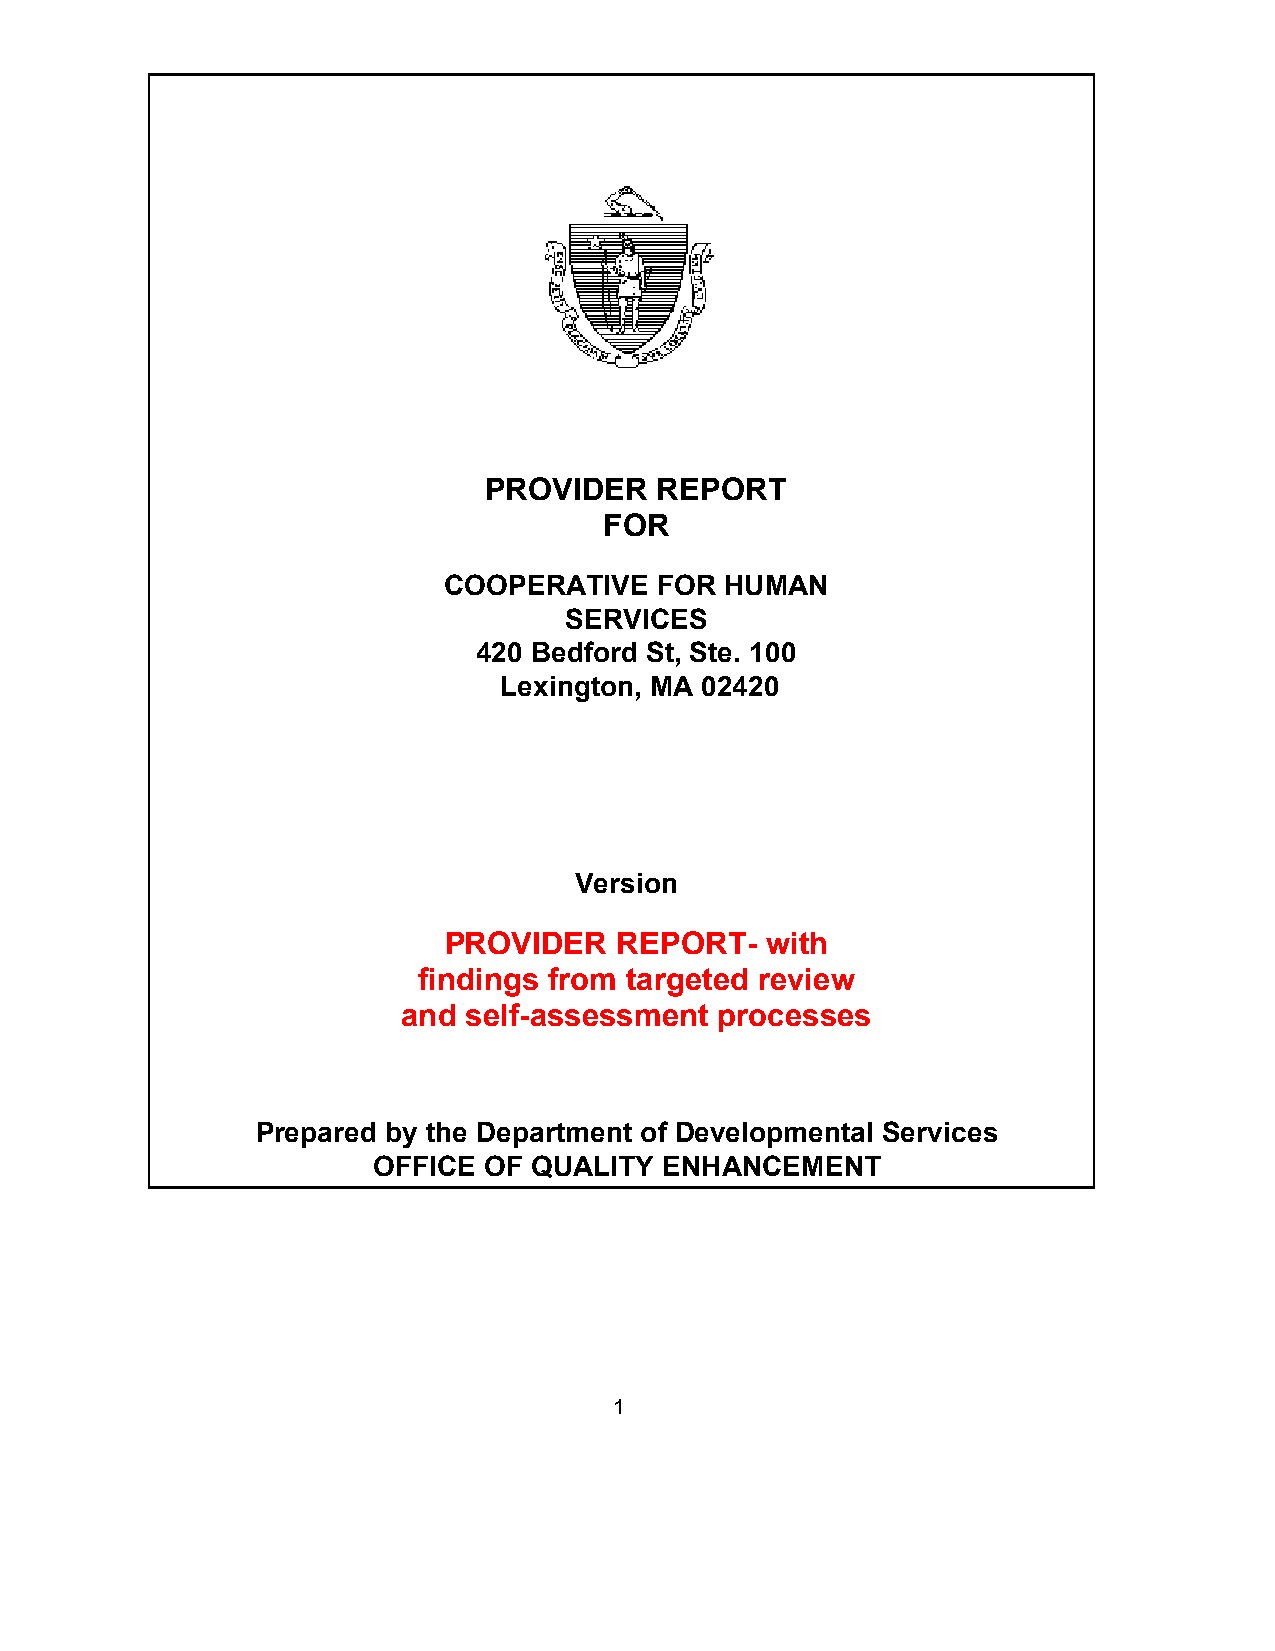
PROVIDER    REPORT
 FOR
 COOPERATIVE   FOR  HUMAN
 SERVICES
 420 Bedford St, Ste. 100
 Lexington, MA 02420
 Version
 PROVIDER    REPORT-   with
 findings from targeted review
 and self-assessment processes
 Prepared by the Department of Developmental Services
 OFFICE OF QUALITY  ENHANCEMENT
 1